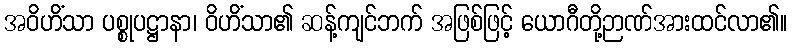
အဝိဟိံသာ ပစ္စုပဋ္ဌာနာ၊ ဝိဟိံသာ၏ ဆန့်ကျင်ဘက် အဖြစ်ဖြင့် ယောဂီတို့ဉာဏ်အားထင်လာ၏။